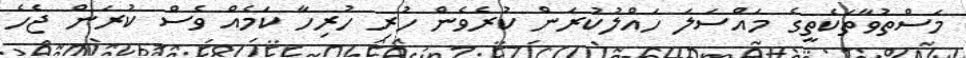
މަސްތުވާތަކެތީގެ މައްސަލަ ހައްލުކުރަން ކުރެވެން ހުރި ހުރިހާ ކަމެއް ވެސް ކުރަން ޖެހެ